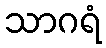
သာဂရံ